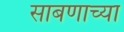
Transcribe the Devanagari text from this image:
साबणाच्या